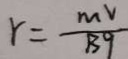
r = \frac { m v } { 1 3 9 }